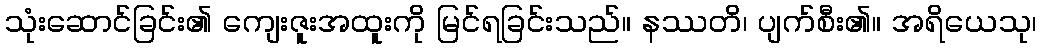
သုံးဆောင်ခြင်း၏ ကျေးဇူးအထူးကို မြင်ရခြင်းသည်။ နဿတိ၊ ပျက်စီး၏။ အရိယေသု၊